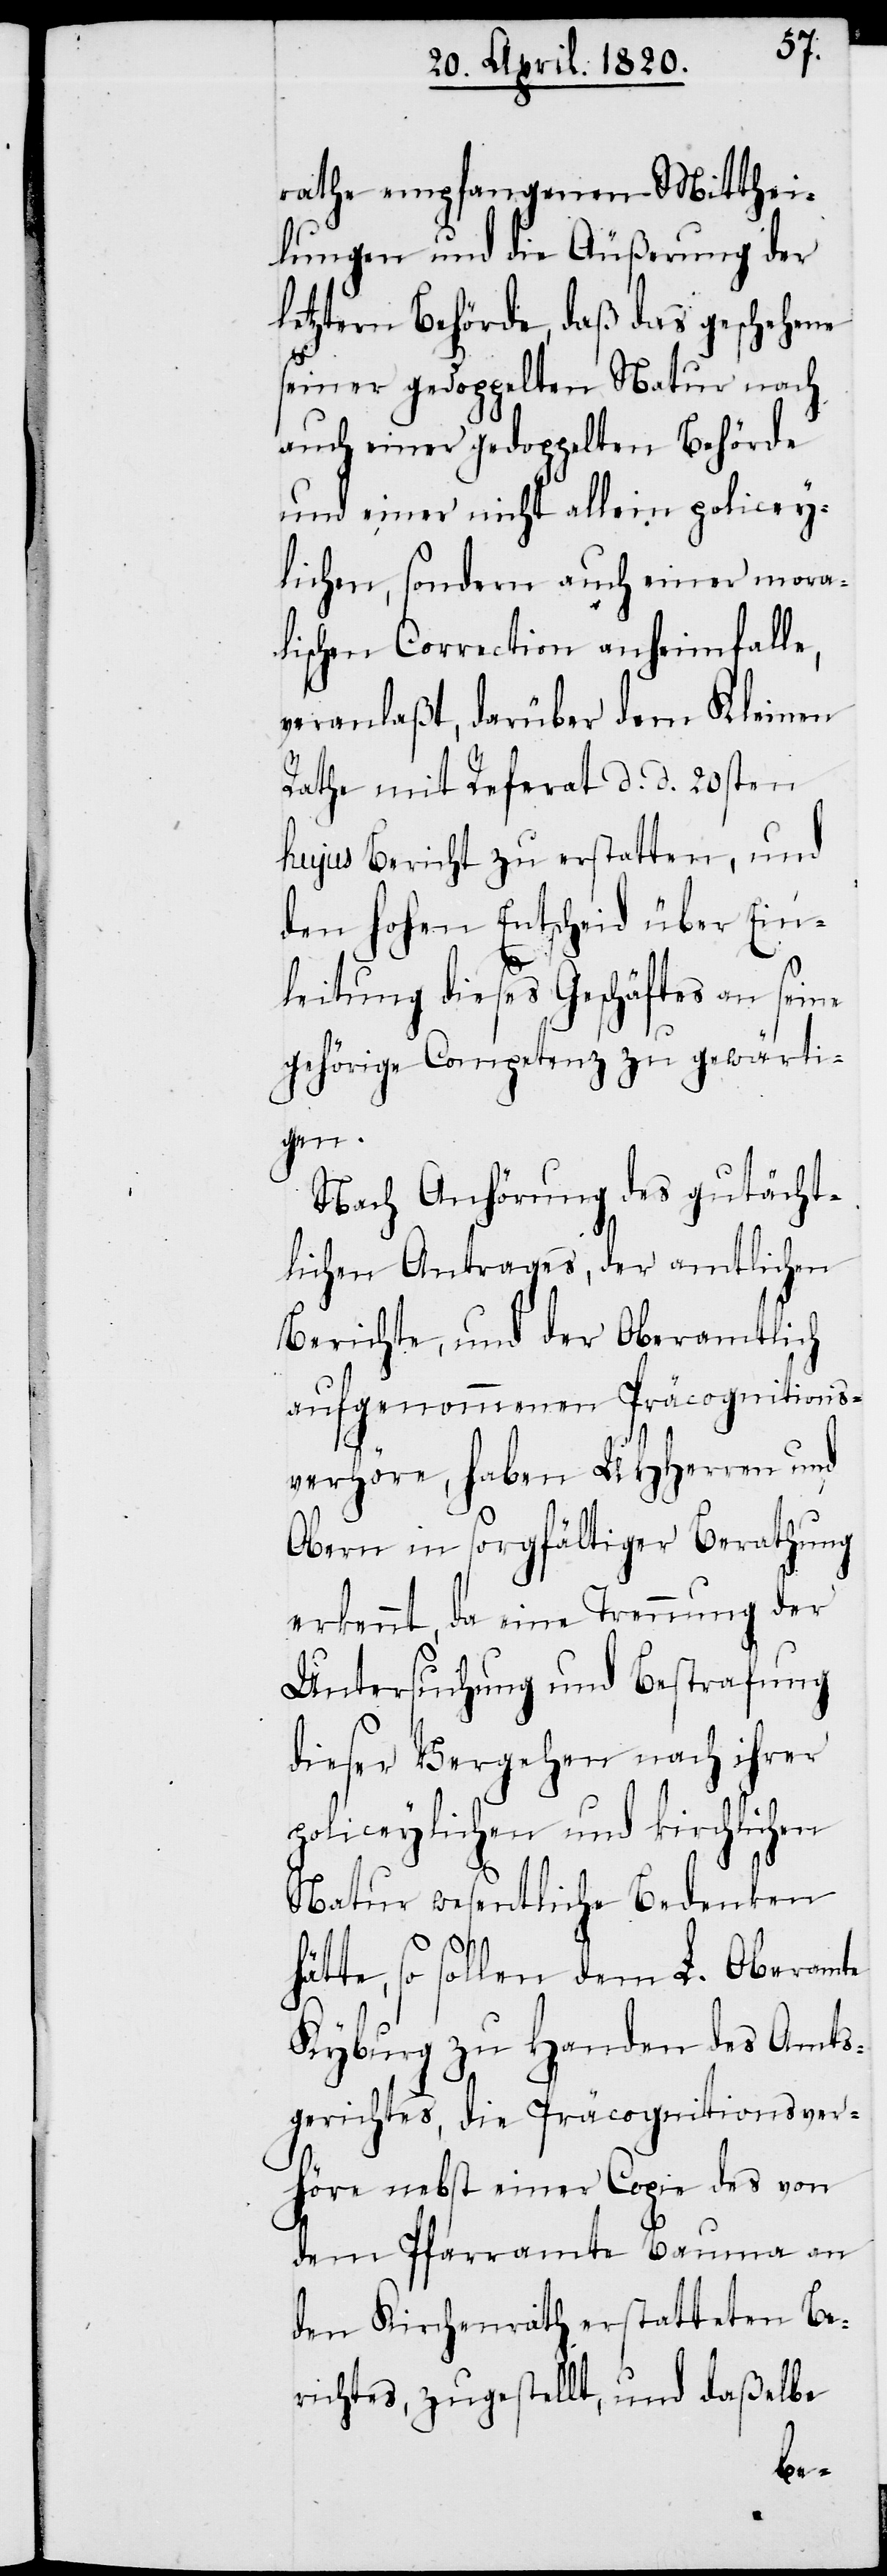
rathe empfangenen Mitthei¬
lungen und die Äuβerung der
letztern Behörde, daβ das geschehene
seiner gedoppelten Natur nach
auch einer gedoppelten Behörde
und einer nicht allein policey¬
lichen, sondern auch einer mora¬
lischen Correction anheimfalle,
veranlaβt, darüber dem Kleinen
Rathe mit Referat d. d. 20sten
hujus Bericht zu erstatten, und
den Hohen Entscheid über Ein¬
leitung dieses Geschäftes an seine
gehörige Competenz zu gewärti¬
gen.
Nach Anhörung des gutächt¬
lichen Antrages, der amtlichen
Berichte, und der Oberamtlich
aufgenommenen Präcognitions¬
verhöre, haben UHHerren und
Obern in sorgfältiger Berathung
erkennt, da eine Trennung der
Untersuchung und Bestrafung
dieser Vergehen nach ihrer
policeylichen und kirchlichen
Natur wesentliche Bedenken
ätte, so sollen dem L. Oberamte
Kyburg zu Handen des Amts¬
gerichtes, die Präcognitionsver¬
höre nebst einer Copie des von
dem Pfarramte Bauma an
den Kirchenrath erstatteten Be¬
richtes, zugestellt, und daβelbe
h¬